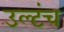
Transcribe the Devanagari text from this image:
उल्टंच